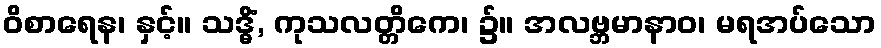
ဝိစာရေန၊ နှင့်။ သဒ္ဓိံ, ကုသလတ္တိကေ၊ ၌။ အလဗ္ဘမာနာဝ၊ မရအပ်သော